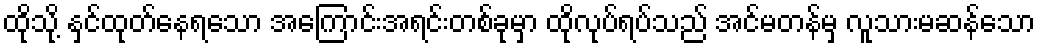
ထိုသို့ နှင်ထုတ်နေရသော အကြောင်းအရင်းတစ်ခုမှာ ထိုလုပ်ရပ်သည် အင်မတန်မှ လူသားမဆန်သော